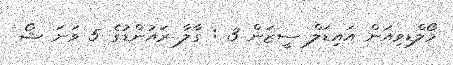
މޯލްޑިވިއަން އައިޑަލް ސީޒަން 3 : ގާލާ ރައުންޑުގެ 5 ވަނަ ޝޯ